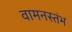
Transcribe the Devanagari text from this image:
वामनस्तंभ